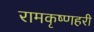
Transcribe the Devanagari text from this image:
रामकृष्णहरी